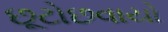
છૂટોછવાયો